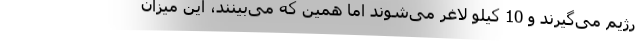
رژیم می‌گیرند و 10 کیلو لاغر می‌شوند اما همین که می‌بینند، این میزان